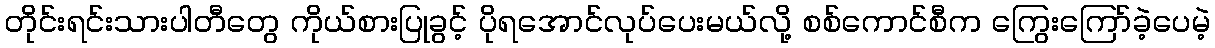
တိုင်းရင်းသားပါတီတွေ ကိုယ်စားပြုခွင့် ပိုရအောင်လုပ်ပေးမယ်လို့ စစ်ကောင်စီက ကြွေးကြော်ခဲ့ပေမဲ့